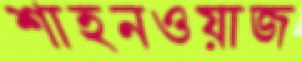
শাহনওয়াজ